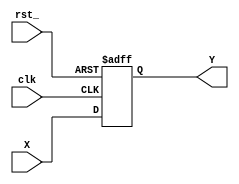
`timescale 1ns / 1ps
module Register(clk,rst_,X,Y);
    input clk,rst_;
    input [31:0]X;
    output reg [31:0]Y;
    always @(posedge clk or negedge rst_)
    begin
        if(!rst_) Y <= 32'b0;
        else Y <= X;
    end
endmodule